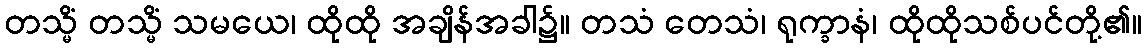
တသ္မိံ တသ္မိံ သမယေ၊ ထိုထို အချိန်အခါ၌။ တသံ တေသံ၊ ရုက္ခာနံ၊ ထိုထိုသစ်ပင်တို့၏။